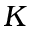
K